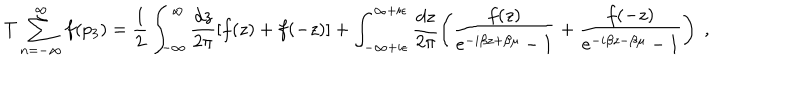
LaTeX: T \sum _ { n = - \infty } ^ { \infty } f ( p _ { 3 } ) = \frac { 1 } { 2 } \int _ { - \infty } ^ { \infty } \frac { d z } { 2 \pi } [ f ( z ) + f ( - z ) ] + \int _ { - \infty + i \epsilon } ^ { \infty + i \epsilon } \frac { d z } { 2 \pi } \left( \frac { f ( z ) } { e ^ { - i \beta z + \beta \mu } - 1 } + \frac { f ( - z ) } { e ^ { - i \beta z - \beta \mu } - 1 } \right) \; ,